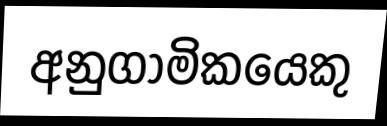
අනුගාමිකයෙකු